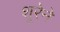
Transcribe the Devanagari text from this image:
शूरेने